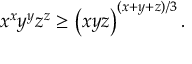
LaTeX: x ^ { x } y ^ { y } z ^ { z } \geq \left( x y z \right) ^ { ( x + y + z ) / 3 } .